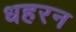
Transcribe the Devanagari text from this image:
धहरन